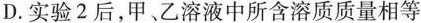
D.实验2后，甲、乙溶液中所含溶质质量相等